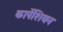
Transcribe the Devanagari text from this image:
कार्पेशियन